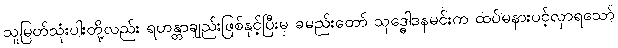
သူမြတ်သုံးပါးတို့လည်း ရဟန္တာချည်းဖြစ်နှင့်ပြီးမှ ခမည်းတော် သုဒ္ဓေါဒနမင်းက ထပ်မနားပင့်လှာရသော်